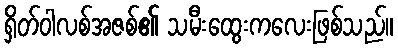
ရှိတ်ဝါလစ်အဇစ်၏ သမီးထွေးကလေးဖြစ်သည်။